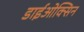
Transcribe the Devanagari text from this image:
डाईओक्सिन